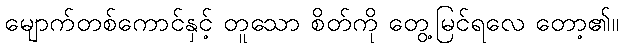
မျောက်တစ်ကောင်နှင့် တူသော စိတ်ကို တွေ့မြင်ရလေ တော့၏။